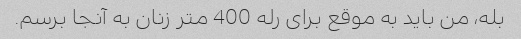
بله، من باید به موقع برای رله 400 متر زنان به آنجا برسم.